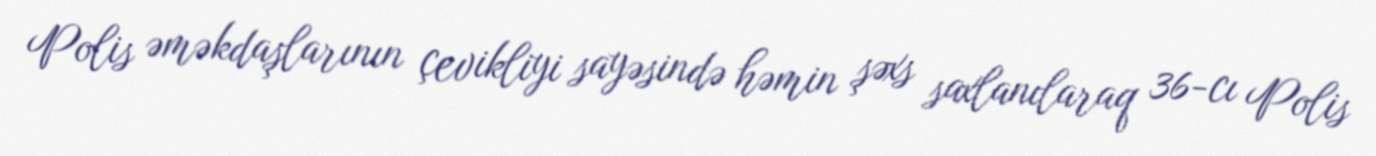
Polis əməkdaşlarının çevikliyi sayəsində həmin şəxs saxlanılaraq 36-cı Polis